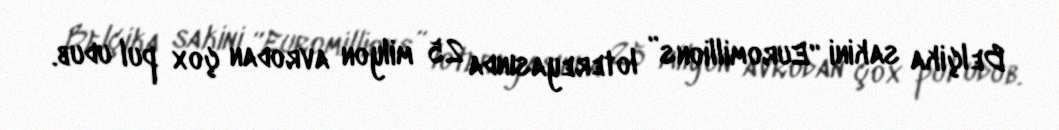
Belçika sakini “Euromillions” lotereyasında 25 milyon avrodan çox pul udub.